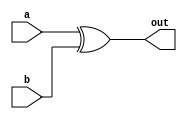
module xor_gate_delay (
    input a,
    input b,
    output reg out
);

reg delayed_out;

// Timing control and synchronization block
always @ (posedge clk) begin
    delayed_out <= #10 out; // Introducing a 10 unit delay
end

// XOR Gate functionality
always @ (a or b) begin
    out <= a ^ b;
end

endmodule